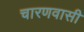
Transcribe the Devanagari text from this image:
चारणवासी